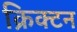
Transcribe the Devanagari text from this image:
क्रिक्टन